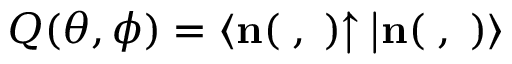
Q ( \theta , \phi ) = \langle \bf { n } ( \theta , \phi ) | \hat { \rho } | \bf { n } ( \theta , \phi ) \rangle